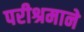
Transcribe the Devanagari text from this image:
परीश्रमाने